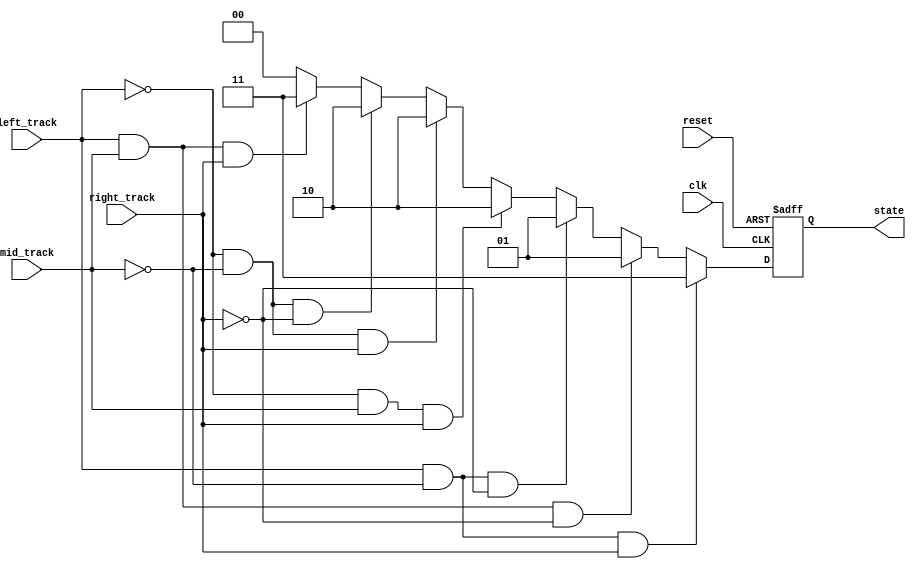
module tracker_sensor(clk, reset, left_track, right_track, mid_track, state);
    input clk;
    input reset;
    input left_track, right_track, mid_track;
    output reg [1:0] state;

    always@(posedge clk, posedge reset) begin // 1 = white, 0 = black
        if(reset) begin
            state <= 2'b00; // stop
        end else begin
            if(left_track == 1 && mid_track == 0 && right_track == 1) begin
                state <= 2'b11; // forward
            end else if(left_track == 1 && mid_track == 1 && right_track == 0) begin
                state <= 2'b01; // left
            end else if(left_track == 1 && mid_track == 0 && right_track == 0) begin
                state <= 2'b01; // left
            end else if(left_track == 0 && mid_track == 1 && right_track == 1) begin
                state <= 2'b10; // right
            end else if(left_track == 0 && mid_track == 0 && right_track == 1) begin
                state <= 2'b10; // right
            end else if(left_track == 0 && mid_track == 0 && right_track == 0) begin
                state <= 2'b10; // right
            end else if(left_track == 1 && mid_track == 1 && right_track == 1) begin
                state <= 2'b11; // forward
            end else begin
                state <= 2'b00;  // stop
            end
        end
    end


endmodule